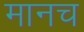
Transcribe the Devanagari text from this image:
मानच